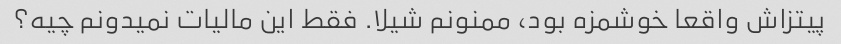
پیتزاش واقعا خوشمزه بود، ممنونم شیلا. فقط این مالیات نمیدونم چیه؟